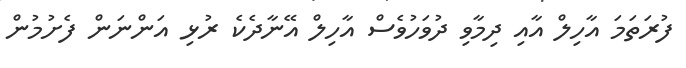
ފުރަތަމަ އާހިލް އާއި ދިމާވި ދުވަހުވެސް އާހިލް އޭނާދެކެ ރުޅި އަންނަން ފެށުމުން